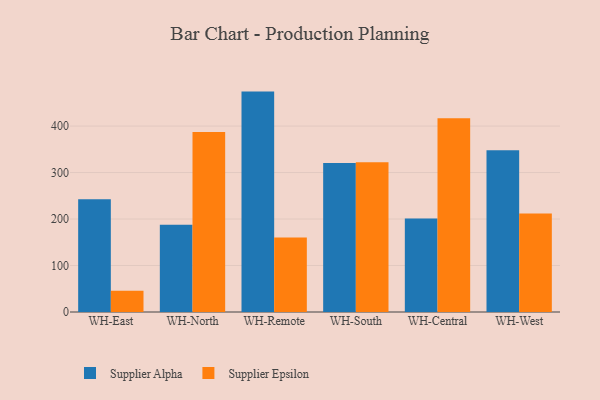
{"axis": {"x": "Warehouse", "y": "Temperature (°C)"}, "legend": ["Supplier Alpha", "Supplier Epsilon"], "data": [{"x": "WH-East", "y": 242.5, "type": "Supplier Alpha"}, {"x": "WH-East", "y": 45.5, "type": "Supplier Epsilon"}, {"x": "WH-North", "y": 187.6, "type": "Supplier Alpha"}, {"x": "WH-North", "y": 387.0, "type": "Supplier Epsilon"}, {"x": "WH-Remote", "y": 474.1, "type": "Supplier Alpha"}, {"x": "WH-Remote", "y": 160.5, "type": "Supplier Epsilon"}, {"x": "WH-South", "y": 320.6, "type": "Supplier Alpha"}, {"x": "WH-South", "y": 321.9, "type": "Supplier Epsilon"}, {"x": "WH-Central", "y": 201.3, "type": "Supplier Alpha"}, {"x": "WH-Central", "y": 416.8, "type": "Supplier Epsilon"}, {"x": "WH-West", "y": 347.7, "type": "Supplier Alpha"}, {"x": "WH-West", "y": 211.9, "type": "Supplier Epsilon"}]}